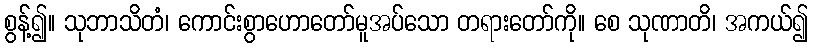
စွန့်၍။ သုဘာသိတံ၊ ကောင်းစွာဟောတော်မူအပ်သော တရားတော်ကို။ စေ သုဏာတိ၊ အကယ်၍